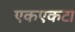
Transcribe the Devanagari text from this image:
एकएकटा